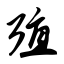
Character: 殖